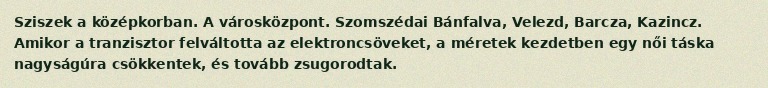
Sziszek a középkorban. A városközpont. Szomszédai Bánfalva, Velezd, Barcza, Kazincz. Amikor a tranzisztor felváltotta az elektroncsöveket, a méretek kezdetben egy női táska nagyságúra csökkentek, és tovább zsugorodtak.